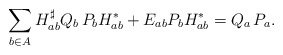
\begin{align*}\sum_{b\in A}{{H}^{\sharp}_{ab}Q_b\,P_b {H}_{ab}^{\ast}+E_{ab}P_b{H}_{ab}^{\ast}}=Q_a\,P_a.\end{align*}